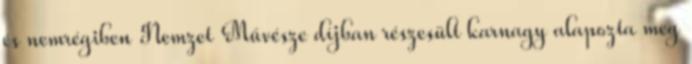
és nemrégiben Nemzet Művésze díjban részesült karnagy alapozta meg